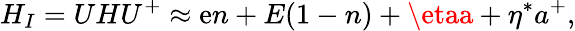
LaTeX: H_{I}=UHU^{+}\approx\mathrm{e}n+E(1-n)+\etaa+\eta^{*}a^{+},